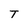
Character: T